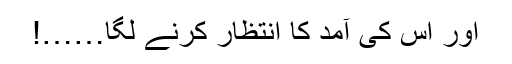
اور اس کی آمد کا انتظار کرنے لگا……!